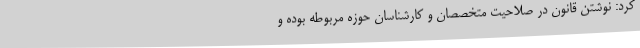
کرد: نوشتن قانون در صلاحیت متخصصان و کارشناسان حوزه مربوطه بوده و